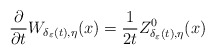
\begin{align*}\frac{\partial}{\partial t}W_{\delta_{\varepsilon}(t),\eta}(x)=\frac{1}{2t}Z_{\delta_{\varepsilon}(t),\eta}^{0}(x)\end{align*}